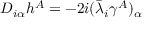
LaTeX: D _ { i \alpha } h ^ { A } = - 2 i ( \bar { \lambda } _ { i } \gamma ^ { A } ) _ { \alpha }